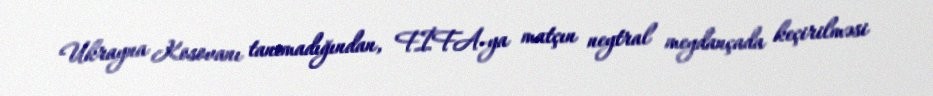
Ukrayna Kosovanı tanımadığından, FİFA-ya matçın neytral meydançada keçirilməsi